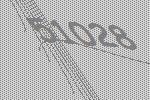
51028